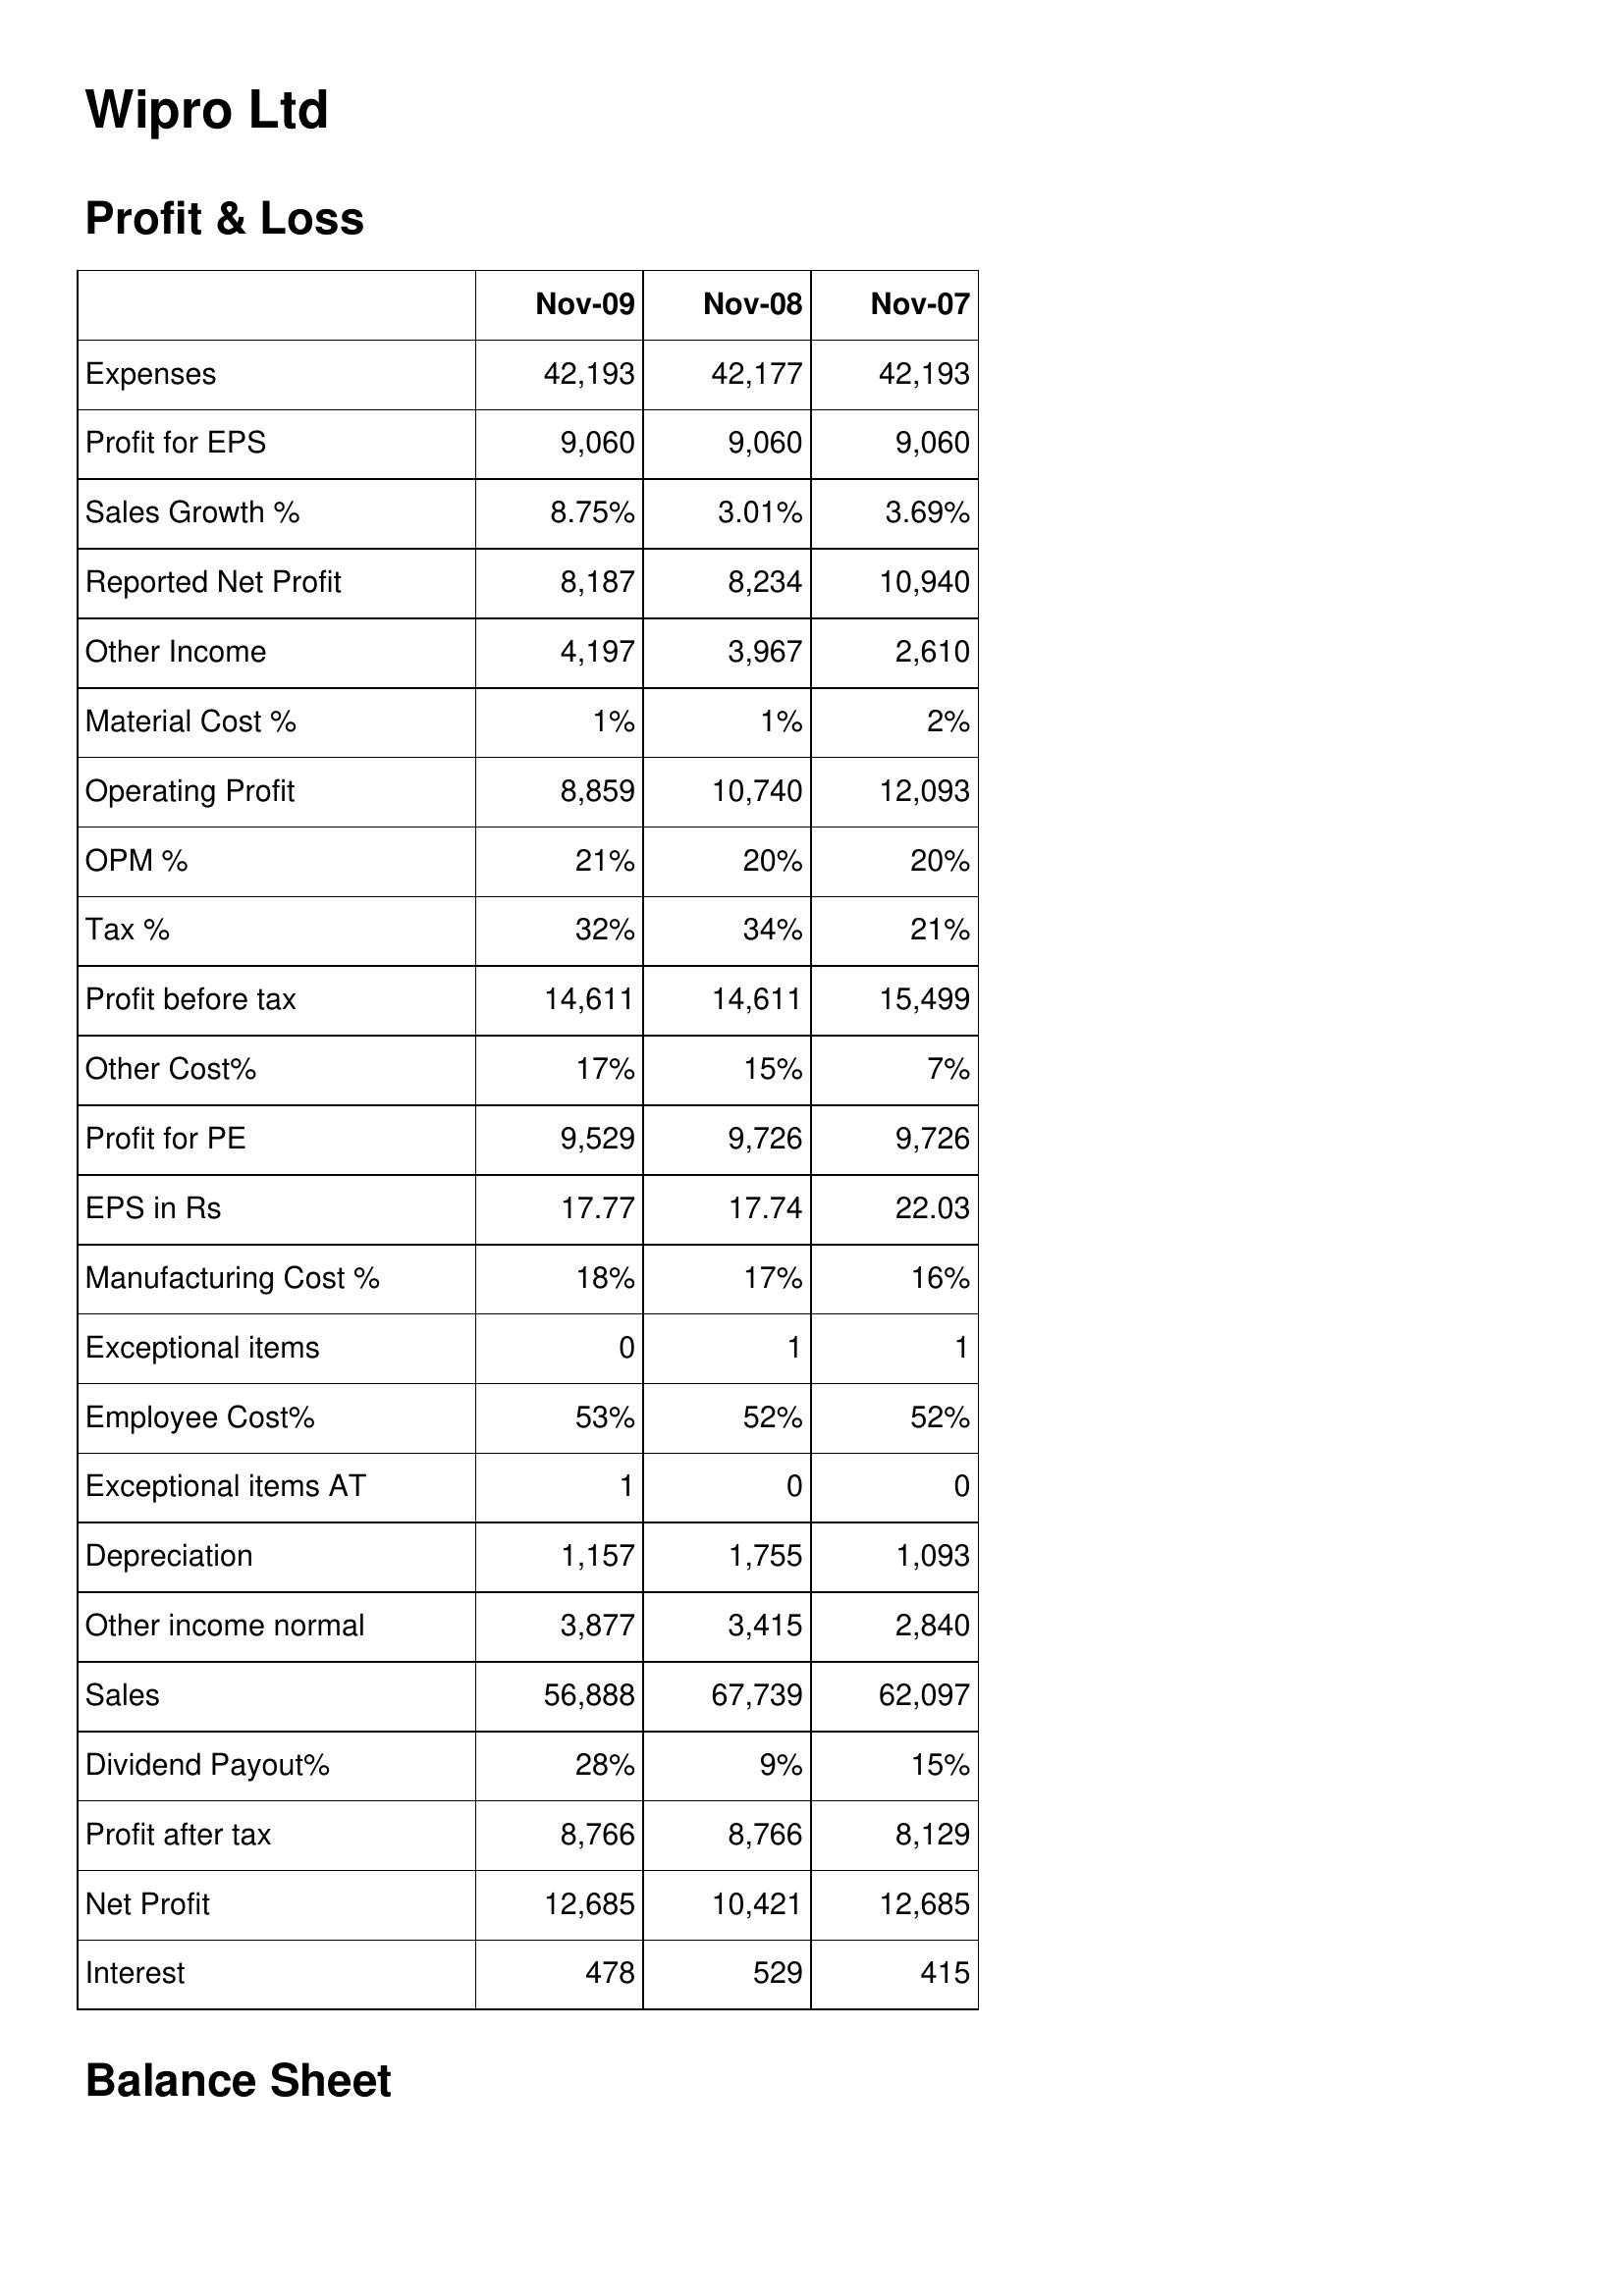
Nov-09: Profit & Loss: Expenses: 42,193
Profit for EPS: 9,060
Sales Growth %: 8.75%
Reported Net Profit: 8,187
Other Income: 4,197
Material Cost %: 1%
Operating Profit: 8,859
OPM %: 21%
Tax %: 32%
Profit before tax: 14,611
Other Cost%: 17%
Profit for PE: 9,529
EPS in Rs: 17.77
Manufacturing Cost %: 18%
Exceptional items: 0
Employee Cost%: 53%
Exceptional items AT: 1
Depreciation: 1,157
Other income normal: 3,877
Sales: 56,888
Dividend Payout%: 28%
Profit after tax: 8,766
Net Profit: 12,685
Interest: 478
Nov-08: Profit & Loss: Expenses: 42,177
Profit for EPS: 9,060
Sales Growth %: 3.01%
Reported Net Profit: 8,234
Other Income: 3,967
Material Cost %: 1%
Operating Profit: 10,740
OPM %: 20%
Tax %: 34%
Profit before tax: 14,611
Other Cost%: 15%
Profit for PE: 9,726
EPS in Rs: 17.74
Manufacturing Cost %: 17%
Exceptional items: 1
Employee Cost%: 52%
Exceptional items AT: 0
Depreciation: 1,755
Other income normal: 3,415
Sales: 67,739
Dividend Payout%: 9%
Profit after tax: 8,766
Net Profit: 10,421
Interest: 529
Nov-07: Profit & Loss: Expenses: 42,193
Profit for EPS: 9,060
Sales Growth %: 3.69%
Reported Net Profit: 10,940
Other Income: 2,610
Material Cost %: 2%
Operating Profit: 12,093
OPM %: 20%
Tax %: 21%
Profit before tax: 15,499
Other Cost%: 7%
Profit for PE: 9,726
EPS in Rs: 22.03
Manufacturing Cost %: 16%
Exceptional items: 1
Employee Cost%: 52%
Exceptional items AT: 0
Depreciation: 1,093
Other income normal: 2,840
Sales: 62,097
Dividend Payout%: 15%
Profit after tax: 8,129
Net Profit: 12,685
Interest: 415